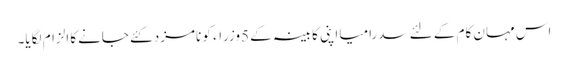
اس مہان کام کے لئے سدرامیا اپنی کابینہ کے 5وزراء کو نامزد کئے جانےکا الزام لگایا۔